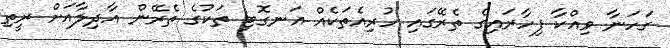
ގަހަނާ ވިއްކާ ފިހާރައިގެ ތެރޭގައި ހުރިއެތަކެއް އަނގޮޓި ތަކުގެ ތެރޭން އާދިލާއަށް ރީތި